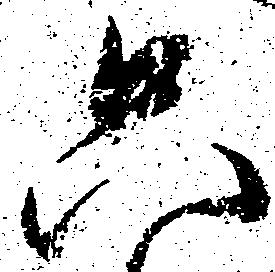
只